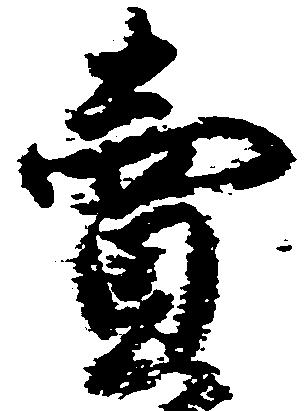
売